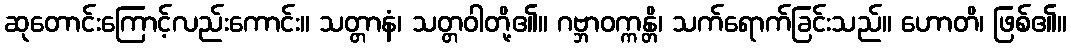
ဆုတောင်းကြောင့်လည်းကောင်း။ သတ္တာနံ၊ သတ္တဝါတို့၏။ ဂဗ္ဘာဝက္ကန္တိ၊ သက်ရောက်ခြင်းသည်။ ဟောတိ၊ ဖြစ်၏။